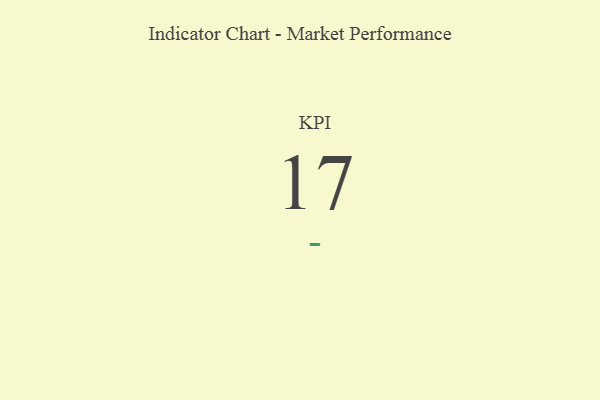
{"axis": {"x": "KPI", "y": "Value"}, "legend": [""], "data": [{"x": "KPI", "y": 17, "type": ""}]}